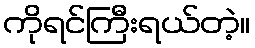
ကိုရင်ကြီးရယ်တဲ့။